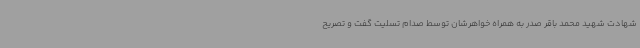
شهادت شهید محمد باقر صدر به همراه خواهرشان توسط صدام تسلیت گفت و تصریح